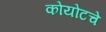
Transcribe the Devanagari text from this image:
कोयोटचे